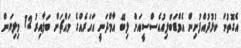
އެގޮތުން ކުޅުދުއްފުށިން އެމްޑަބްލިއުއެސްސީއަށް ލިބޭ އާމްދަނީ އަހަރެއްގެ މައްޗަށް ބަލާއިރު 12 މިލިޔަން